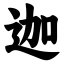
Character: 迦